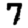
Digit: 7